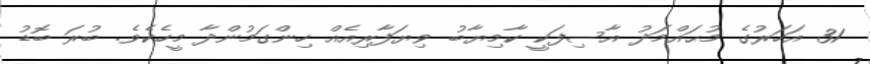
31 އަހަރުގެ މުޙައްމަދު އާސިފަކީ ކާމިޔާބު ވިޔަފާރިއެއް ހިންގަމުންދާ މީހެކެވެ. ބުރަ ބޮޑު